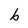
Character: b